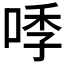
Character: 𭈛